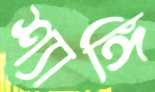
শ্যাঙ্গি